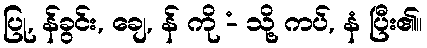
ပြု, န်ခွင်း, ချေ, န် ကို -ံ သို့ ကပ်, နံ ပြီး၏။